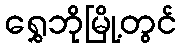
ရွှေဘိုမြို့တွင်